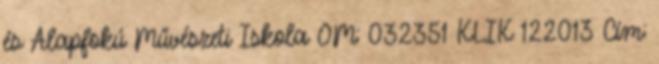
és Alapfokú Művészeti Iskola OM: 032351 KLIK 122013 Cím: